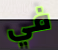
في